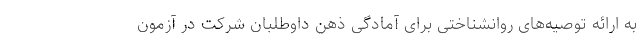
به ارائه توصیه‌های روانشناختی برای آمادگی ذهن داوطلبان شرکت در آزمون